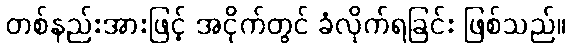
တစ်နည်းအားဖြင့် အငိုက်တွင် ခံလိုက်ရခြင်း ဖြစ်သည်။